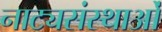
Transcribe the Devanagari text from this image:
नाट्यसंस्थाओं